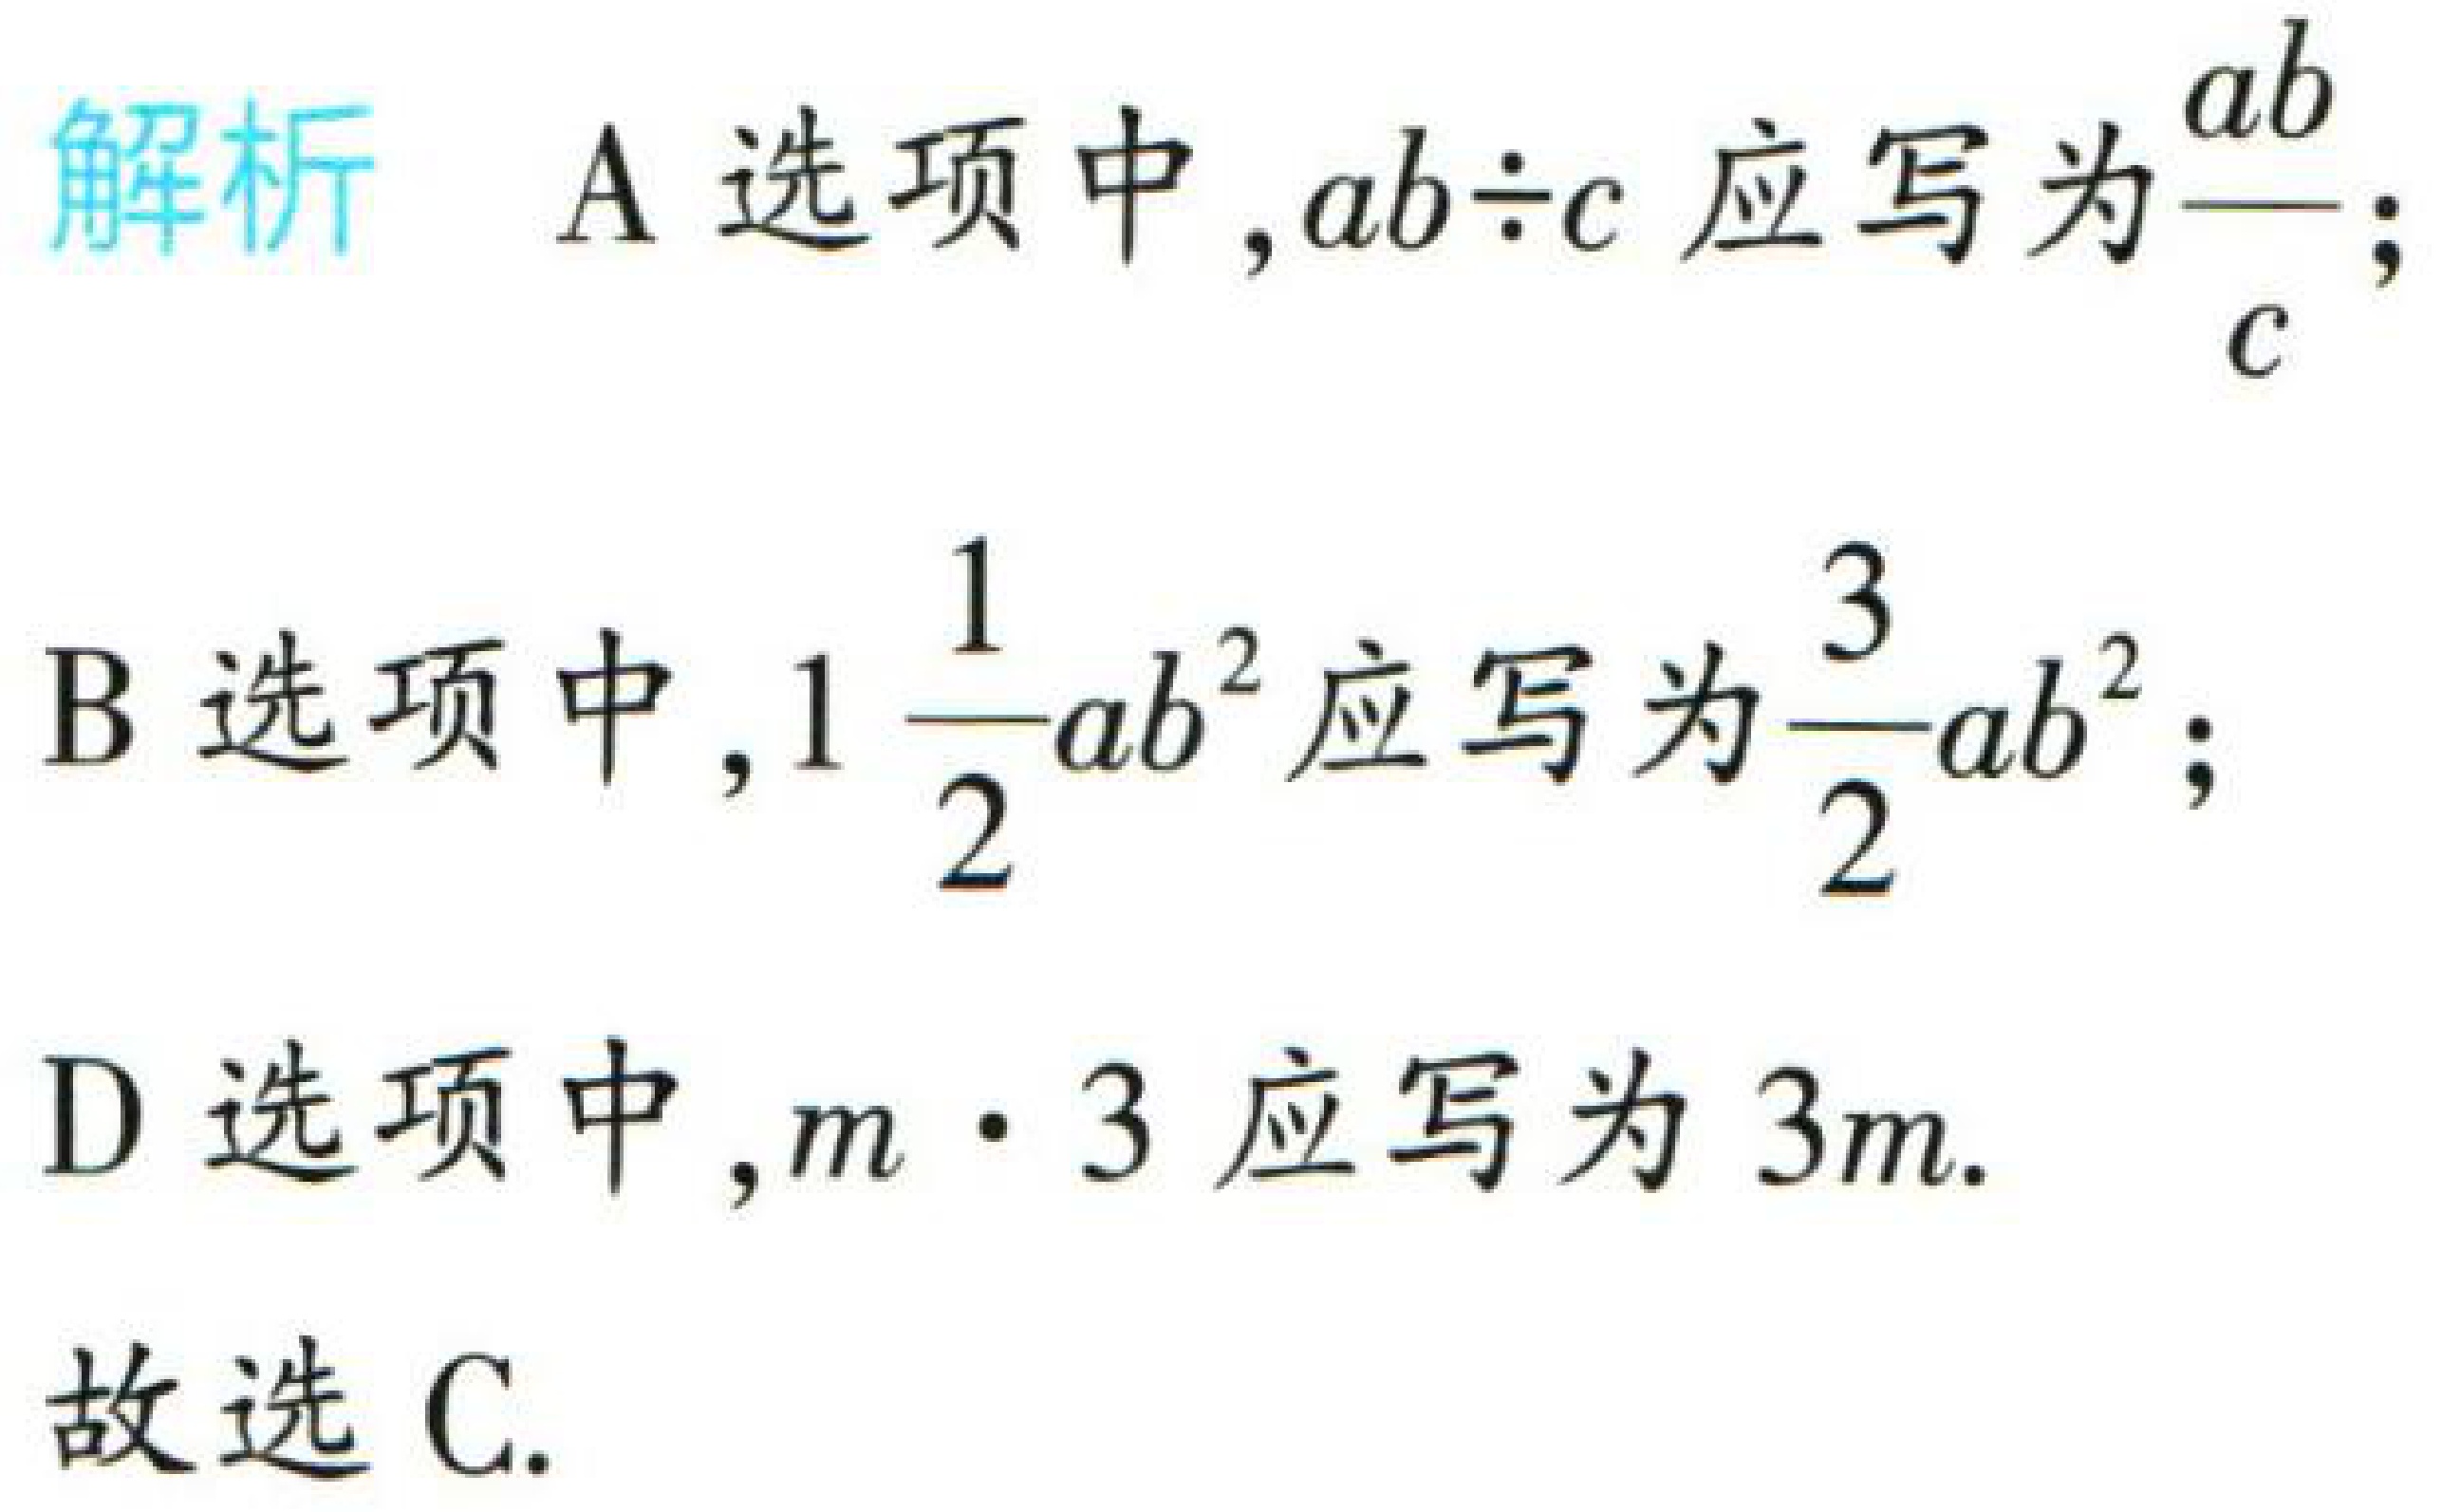
一只水瓶的单价为：